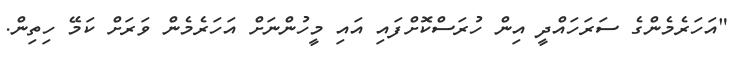
"އަހަރެމެންގެ ސަރަހައްދީ އިން ހުރަސްކޮށްފައި އައި މީހުންނަށް އަހަރެމެން ވަރަށް ކަމޭ ހިތިން.